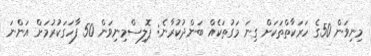
މިނިވަން 50ގެ ހަރަކާތްތަކަށް ގިނަ މަގުތަކެއް ބަންދުކުރާނެ: ޕޮލިސްމިނިވަން 50 ފާހަގަކުރުމަށް އަންނަ